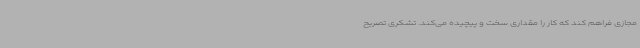
مجازی فراهم کند که کار را مقداری سخت و پیچیده می‌کند. تشکری تصریح